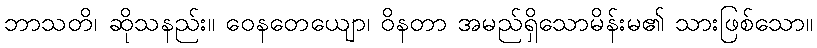
ဘာသတိ၊ ဆိုသနည်း။ ဝေနတေယျော၊ ဝိနတာ အမည်ရှိသောမိန်းမ၏ သားဖြစ်သော။